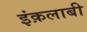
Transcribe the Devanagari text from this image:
इंक़लाबी